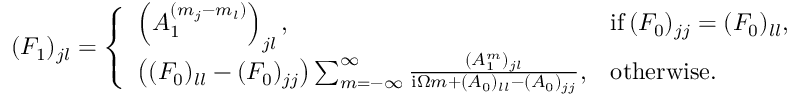
\begin{array} { r } { ( F _ { 1 } ) _ { j l } = \left\{ \begin{array} { l l } { \left( A _ { 1 } ^ { ( m _ { j } - m _ { l } ) } \right) _ { j l } , } & { \mathrm { i f } \, ( F _ { 0 } ) _ { j j } = ( F _ { 0 } ) _ { l l } , } \\ { \left( ( F _ { 0 } ) _ { l l } - ( F _ { 0 } ) _ { j j } \right) \sum _ { m = - \infty } ^ { \infty } \frac { ( A _ { 1 } ^ { m } ) _ { j l } } { \mathrm { i } \Omega m + ( A _ { 0 } ) _ { l l } - ( A _ { 0 } ) _ { j j } } , } & { \mathrm { o t h e r w i s e . } } \end{array} \right. } \end{array}